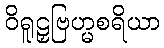
ဝိရူဠှဗြဟ္မစရိယာ